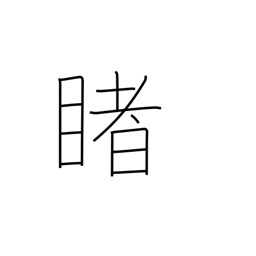
Meaning: look at